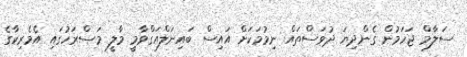
ސަލާމް ޖަހަމުން ގެންދިޔަ ދުވަސްތައް ނިމުމަކަށް އައިސް ބައިނަލްއަގްވާމީ މާލީ މަސްރަހުގައި އެމެރިކާގެ